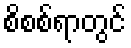
စိစစ်ရာတွင်